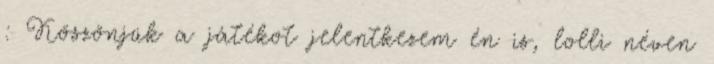
: Köszönjük a játékot jelentkezem én is, lolli néven